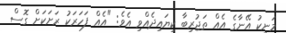
މަނިކު އޭނާގެ އެއް ތަޖުރިބާ ކިޔައިދެއްވި އެވެ: "އެއް ފަހަރަކު ރަށަކަށް ގޮސް